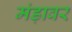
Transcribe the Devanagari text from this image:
मंड़ावर